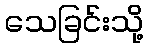
သေခြင်းသို့